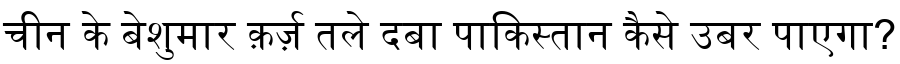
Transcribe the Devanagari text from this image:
चीन के बेशुमार क़र्ज़ तले दबा पाकिस्तान कैसे उबर पाएगा?